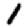
Digit: 1